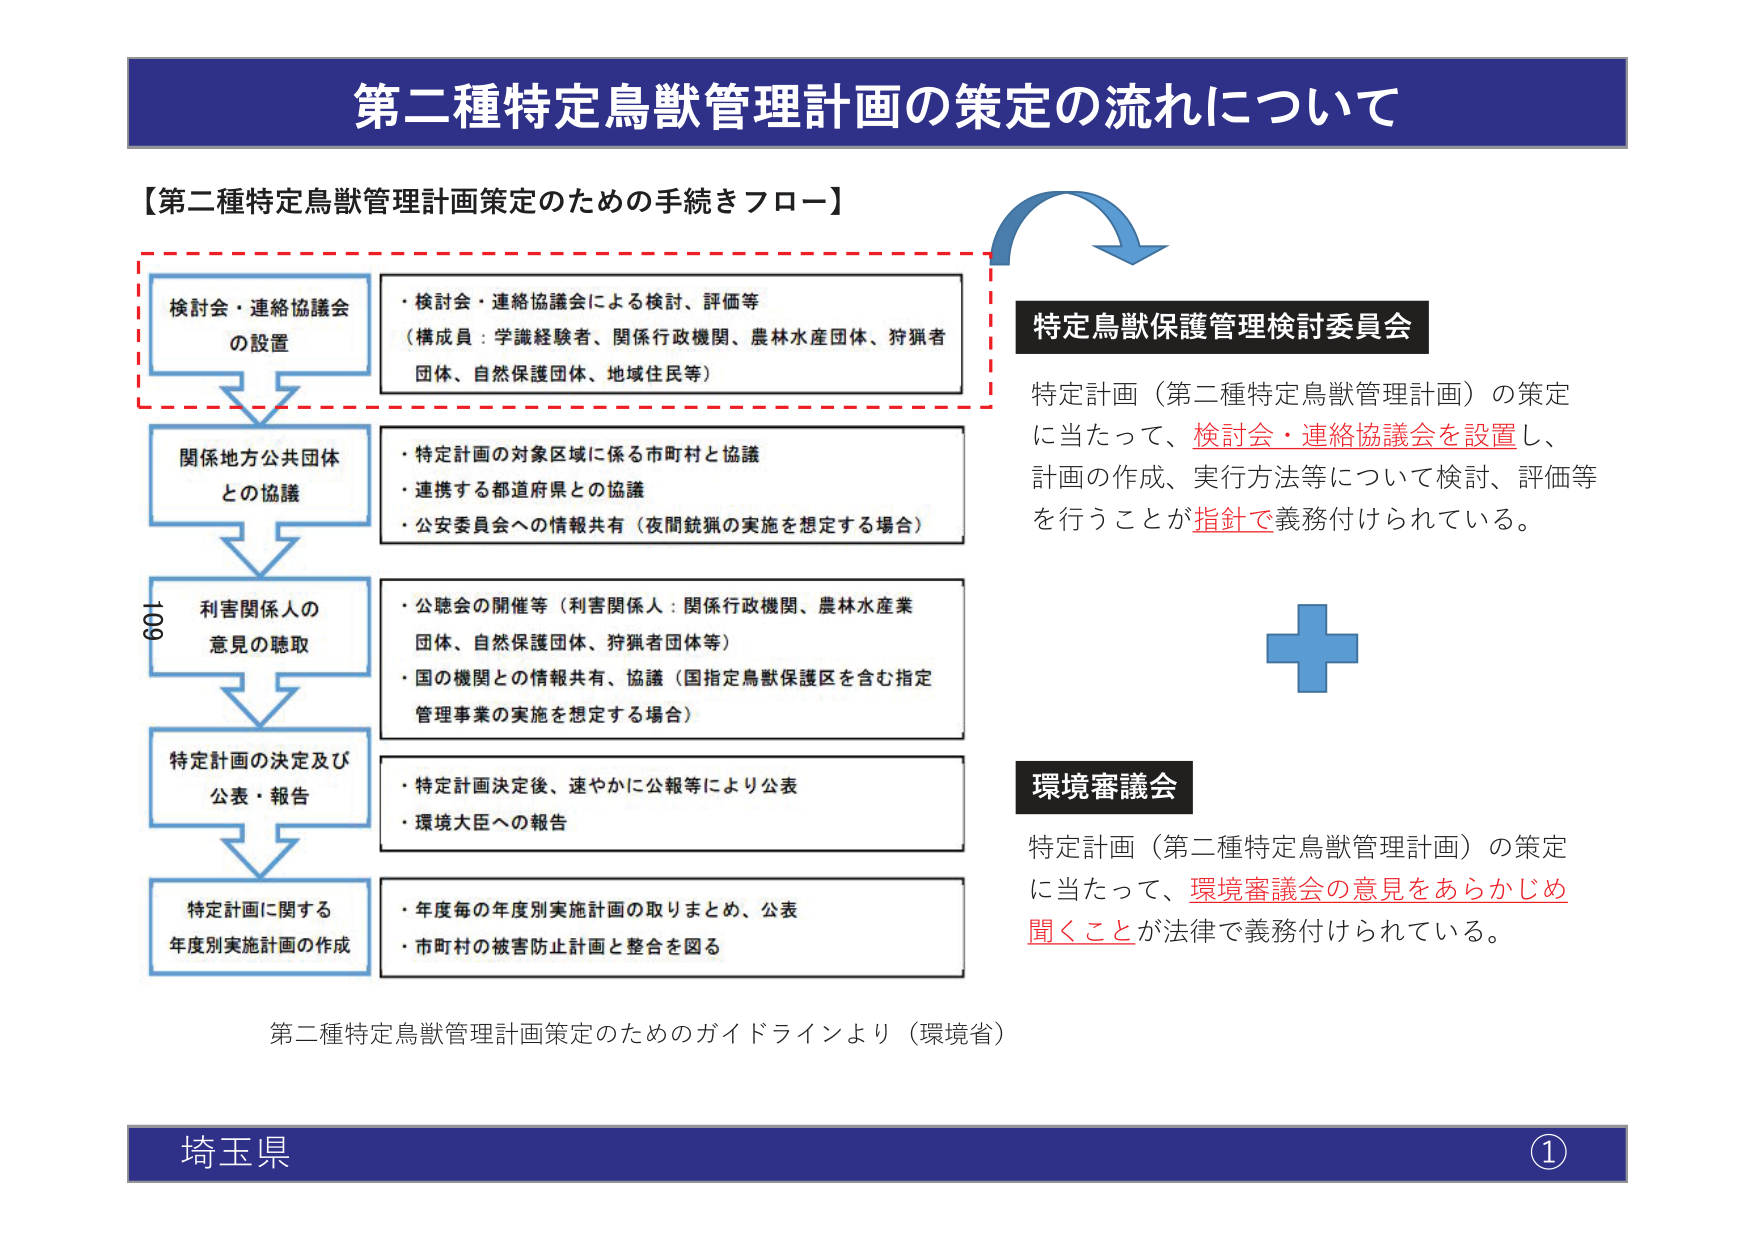
第二種特定鳥獣管理計画の策定の流れについて

【第二種特定鳥獣管理計画策定のための手続きフロー】

検討会・連絡協議会
の設置
・検討会・連絡協議会による検討、評価等
（構成員：学識経験者、関係行政機関、農林水産団体、狩猟者
団体、自然保護団体、地域住民等）

関係地方公共団体
との協議
・特定計画の対象区域に係る市町村と協議
・連携する都道府県との協議
・公安委員会への情報共有（夜間銃猟の実施を想定する場合）

利害関係人の
意見の聴取
・公聴会の開催等（利害関係人：関係行政機関、農林水産業
団体、自然保護団体、狩猟者団体等）
・国の機関との情報共有、協議（国指定鳥獣保護区を含む指定
管理事業の実施を想定する場合）

特定計画の決定及び
公表・報告
・特定計画決定後、速やかに公報等により公表
・環境大臣への報告

特定計画に関する
年度別実施計画の作成
・年度毎の年度別実施計画の取りまとめ、公表
・市町村の被害防止計画と整合を図る

特定鳥獣保護管理検討委員会
特定計画（第二種特定鳥獣管理計画）の策定
に当たって、検討会・連絡協議会を設置し、
計画の作成、実行方法等について検討、評価等
を行うことが指針で義務付けられている。

環境審議会
特定計画（第二種特定鳥獣管理計画）の策定
に当たって、環境審議会の意見をあらかじめ
聞くことが法律で義務付けられている。

第二種特定鳥獣管理計画策定のためのガイドラインより（環境省）

埼玉県
①